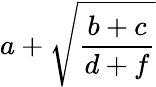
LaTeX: a+\sqrt{\frac{b+c}{d+f}}